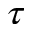
\tau